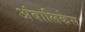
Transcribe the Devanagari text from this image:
अंबालिकेस